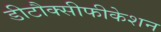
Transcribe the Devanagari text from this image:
डीटौक्सीफीकेशन